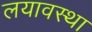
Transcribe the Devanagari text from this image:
लयावस्था